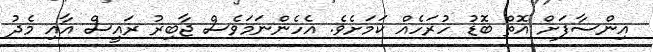
އިންސާފަށް އޮތް ބޮޑު ހުރަހެއް ކަމަށެވެ. އެހެންނަމަވެސް ޖާބިރު ރައީސް އާއި މެދު